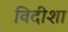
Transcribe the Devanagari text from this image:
विदीशा